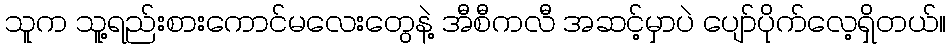
သူက သူ့ရည်းစားကောင်မလေးတွေနဲ့ အီစီကလီ အဆင့်မှာပဲ ပျော်ပိုက်လေ့ရှိတယ်။